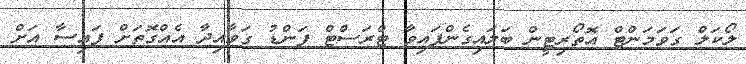
ލޯކަލް ގަވަމަންޓް އޮތޯރިޓީން ބަލައިގެންފައިވާ ޓްރަސްޓް ފަންޑު ގަވާއިދާ އެއްގޮތަށް ފައިސާ އަށް